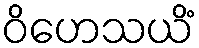
ဝိဟေသယိံ